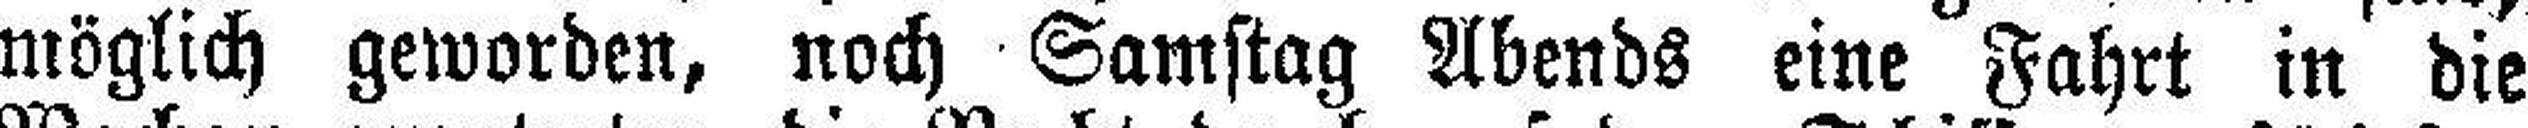
möglich geworden, noch Samstag Abends eine Fahrt in die